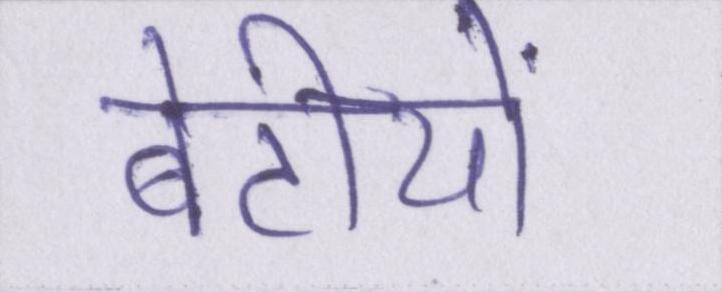
बेटीयों